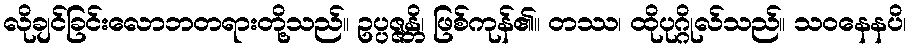
လိုချင်ခြင်းလောဘတရားတို့သည်။ ဥပ္ပဇ္ဇန္တိ၊ ဖြစ်ကုန်၏။ တဿ၊ ထိုပုဂ္ဂိုလ်သည်။ သဝနေနပိ၊